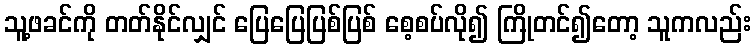
သူ့ဖခင်ကို တတ်နိုင်လျှင် ပြေပြေပြစ်ပြစ် စေ့စပ်လို၍ ကြိုတင်၍တော့ သူကလည်း